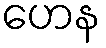
ဟေန